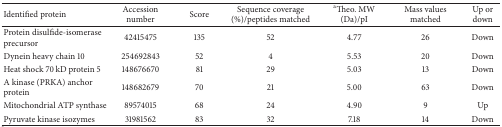
<table><thead><tr><td><b>Identified protein</b></td><td><b>Accession number</b></td><td><b>Score</b></td><td><b>Sequence coverage (%)/peptides matched</b></td><td><b><sup>a</sup>Theo. MW (Da)/pI</b></td><td><b>Mass values matched</b></td><td><b>Up or down</b></td></tr></thead><tbody><tr><td>Protein disulfide-isomerase precursor</td><td>42415475</td><td>135</td><td>52</td><td>4.77</td><td>26</td><td>Down</td></tr><tr><td>Dynein heavy chain 10</td><td>254692843</td><td>52</td><td>4</td><td>5.53</td><td>20</td><td>Down</td></tr><tr><td>Heat shock 70 kD protein 5</td><td>148676670</td><td>81</td><td>29</td><td>5.03</td><td>13</td><td>Down</td></tr><tr><td>A kinase (PRKA) anchor protein</td><td>148682679</td><td>70</td><td>21</td><td>5.00</td><td>63</td><td>Down</td></tr><tr><td>Mitochondrial ATP synthase</td><td>89574015</td><td>68</td><td>24</td><td>4.90</td><td>9</td><td>Up</td></tr><tr><td>Pyruvate kinase isozymes</td><td>31981562</td><td>83</td><td>32</td><td>7.18</td><td>14</td><td>Down</td></tr></tbody></table>